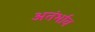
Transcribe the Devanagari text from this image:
अतंर्भाव